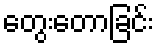
တွေးတောခြင်း